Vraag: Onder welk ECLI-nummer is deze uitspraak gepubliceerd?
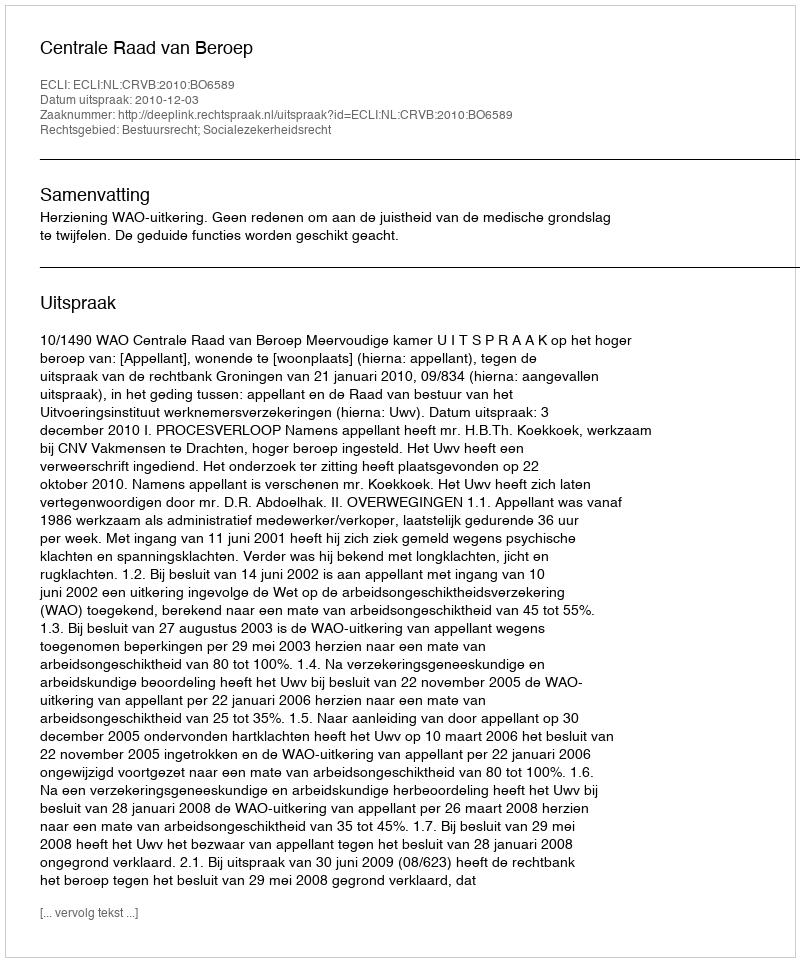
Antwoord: ECLI:NL:CRVB:2010:BO6589